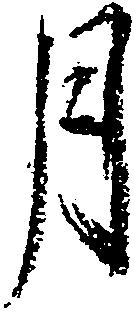
月